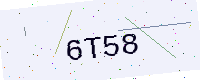
Text: 6T58